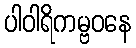
ပါဝါရိကမ္ဗဝနေ